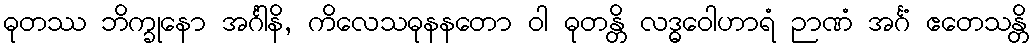
ဓုတဿ ဘိက္ခုနော အင်္ဂါနိ, ကိလေသဓုနနတော ဝါ ဓုတန္တိ လဒ္ဓဝေါဟာရံ ဉာဏံ အင်္ဂံ ဧတေသန္တိ